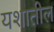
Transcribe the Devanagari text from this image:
यशातील